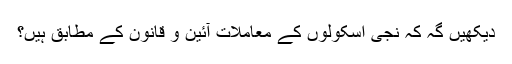
دیکھیں گہ کہ نجی اسکولوں کے معاملات آئین و قانون کے مطابق ہیں؟